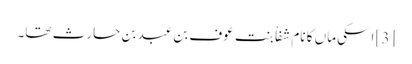
[3] اسکی ماں کا نام شفاْ بنت عوف بن عبد بن حارث تھا۔